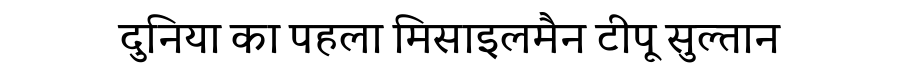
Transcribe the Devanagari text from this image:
दुनिया का पहला मिसाइलमैन टीपू सुल्तान